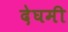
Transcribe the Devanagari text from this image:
देघमी